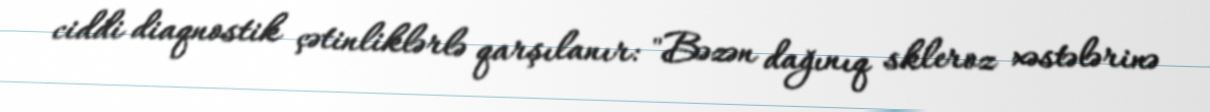
ciddi diaqnostik çətinliklərlə qarşılanır: "Bəzən dağınıq skleroz xəstələrinə